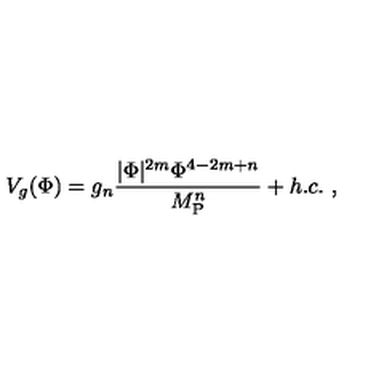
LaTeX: V _ { g } ( \Phi ) = g _ { n } { \frac { | \Phi | ^ { 2 m } \Phi ^ { 4 - 2 m + n } } { M _ { \mathrm { P } } ^ { n } } } + h . c . \ ,